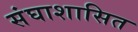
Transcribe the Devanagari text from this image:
संघाशासित